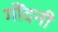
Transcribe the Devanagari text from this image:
गोंदनी